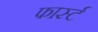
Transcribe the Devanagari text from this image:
फार्स्ट